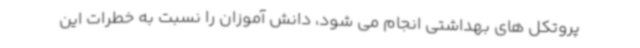
پروتکل های بهداشتی انجام می شود، دانش آموزان را نسبت به خطرات این